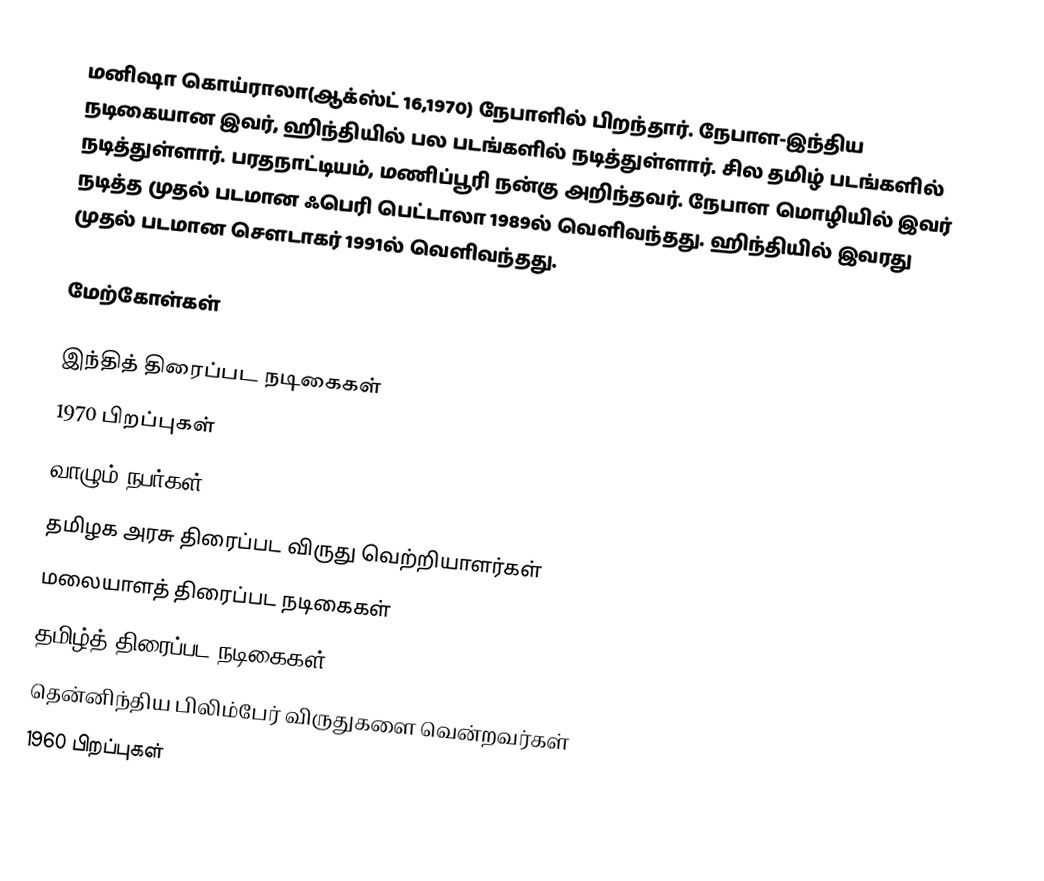
மனிஷா கொய்ராலா(ஆக்ஸ்ட் 16,1970) நேபாளில் பிறந்தார். நேபாள-இந்திய நடிகையான இவர், ஹிந்தியில் பல படங்களில் நடித்துள்ளார். சில தமிழ்  படங்களில் நடித்துள்ளார். பரதநாட்டியம், மணிப்பூரி நன்கு அறிந்தவர். நேபாள மொழியில் இவர் நடித்த முதல் படமான ஃபெரி பெட்டாலா 1989ல் வெளிவந்தது. ஹிந்தியில் இவரது முதல் படமான சௌடாகர் 1991ல் வெளிவந்தது.

மேற்கோள்கள்

இந்தித் திரைப்பட நடிகைகள்
1970 பிறப்புகள்
வாழும் நபர்கள்
தமிழக அரசு திரைப்பட விருது வெற்றியாளர்கள்
மலையாளத் திரைப்பட நடிகைகள்
தமிழ்த் திரைப்பட நடிகைகள்
தென்னிந்திய பிலிம்பேர் விருதுகளை வென்றவர்கள்
1960 பிறப்புகள்